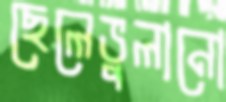
ছেলেভুলানো